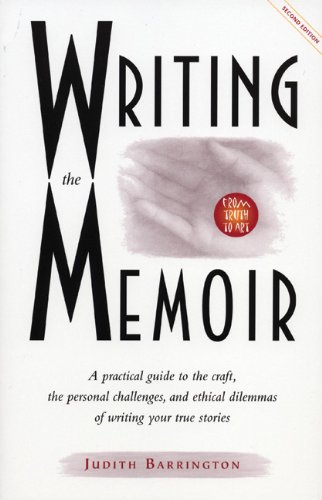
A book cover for Writing the Memoir: From Truth to Art, Second Edit; Judith Barrington; Reference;